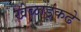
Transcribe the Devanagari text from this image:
खेळाडूंकढे